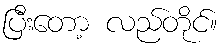
ပြီးတော့ လည်တိုင်။